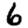
Digit: 6